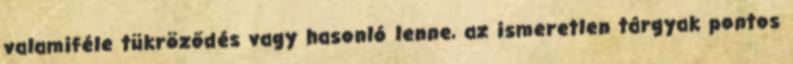
valamiféle tükröződés vagy hasonló lenne, az ismeretlen tárgyak pontos